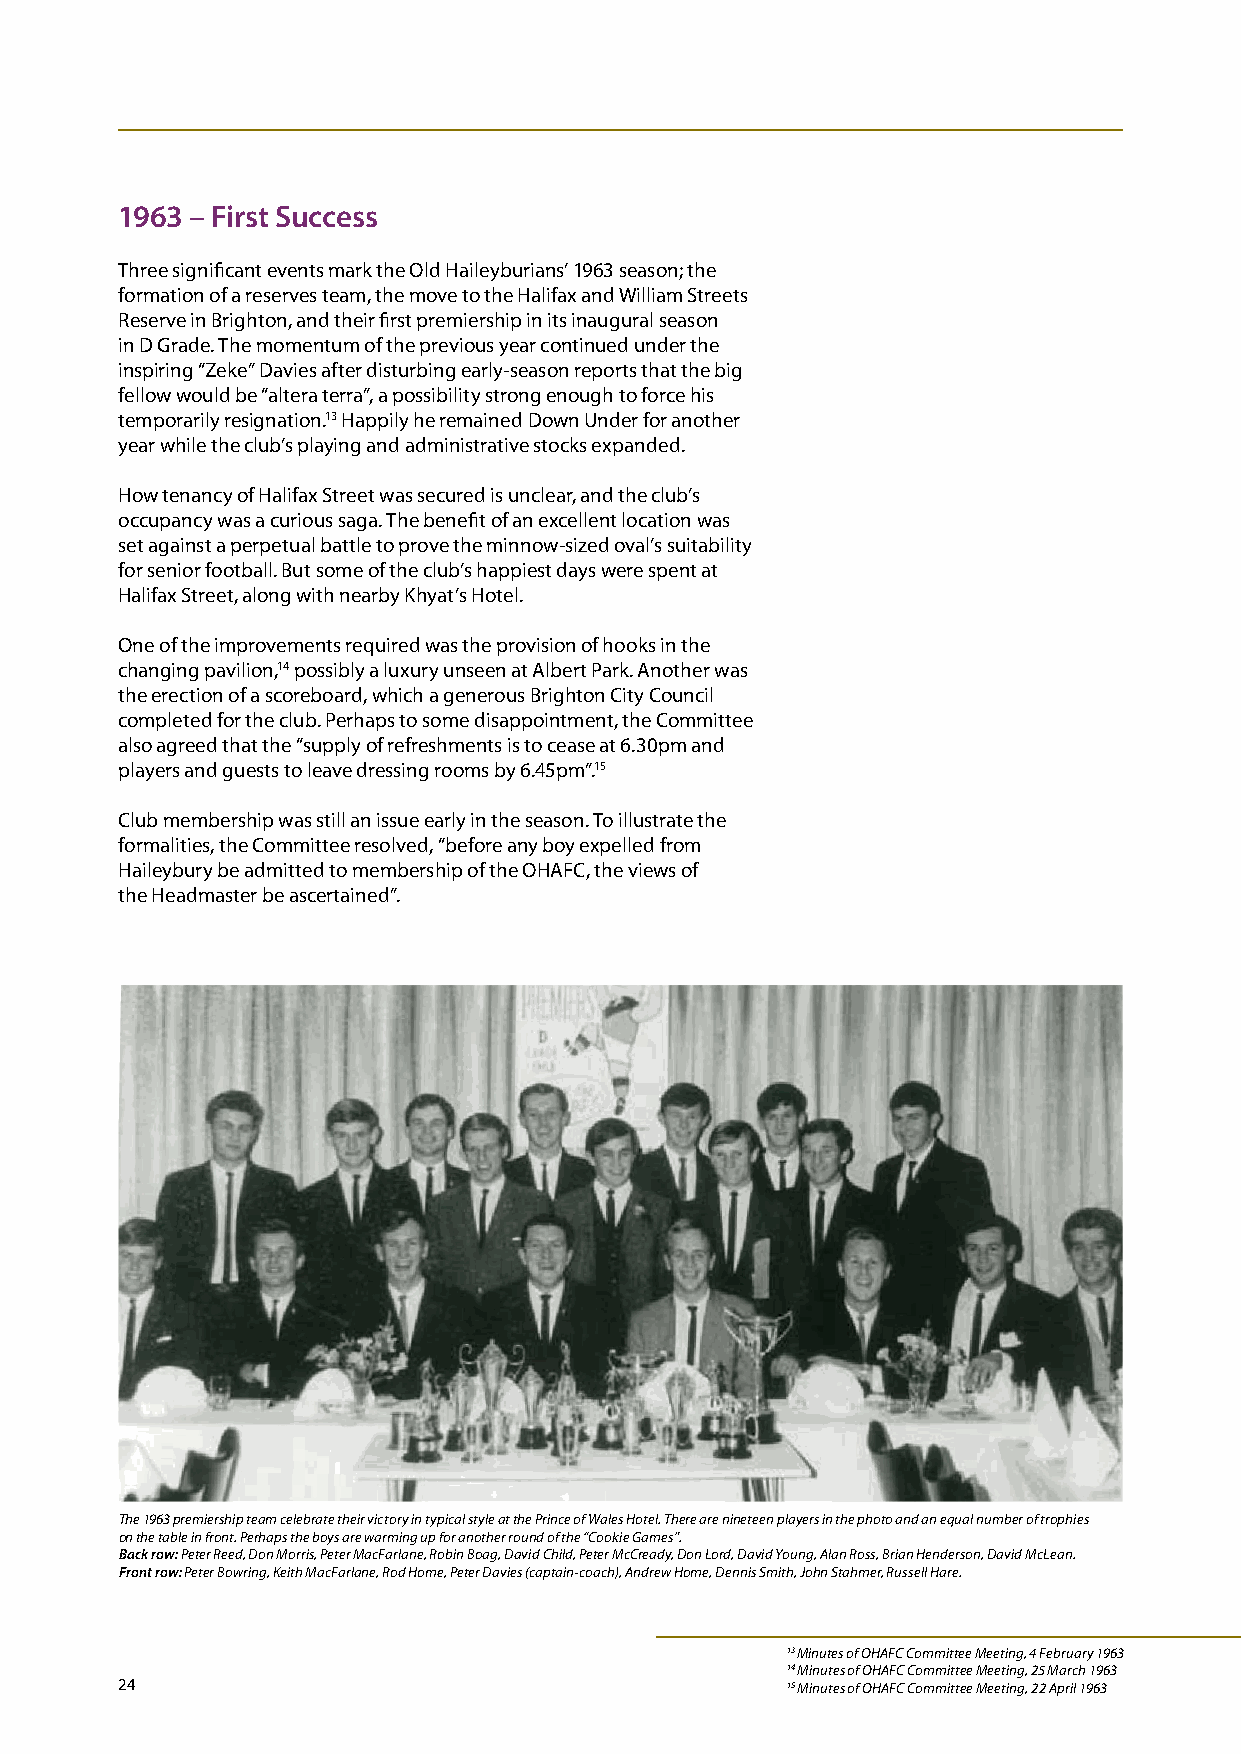
1963 – First Success
 Three significant events mark the Old Haileyburians’ 1963 season; the
 formation of a reserves team, the move to the Halifax and William Streets
 Reserve in Brighton, and their first premiership in its inaugural season
 in D Grade. The momentum of the previous year continued under the
 inspiring “Zeke” Davies after disturbing early-season reports that the big
 fellow would be “altera terra”, a possibility strong enough to force his
 temporarily resignation.13 Happily he remained Down Under for another
 year while the club’s playing and administrative stocks expanded.
 How tenancy of Halifax Street was secured is unclear, and the club’s
 occupancy was a curious saga. The benefit of an excellent location was
 set against a perpetual battle to prove the minnow-sized oval’s suitability
 for senior football. But some of the club’s happiest days were spent at
 Halifax Street, along with nearby Khyat’s Hotel.
 One of the improvements required was the provision of hooks in the
 changing pavilion,14 possibly a luxury unseen at Albert Park. Another was
 the erection of a scoreboard, which a generous Brighton City Council
 completed for the club. Perhaps to some disappointment, the Committee
 also agreed that the “supply of refreshments is to cease at 6.30pm and
 players and guests to leave dressing rooms by 6.45pm”.15
 Club membership was still an issue early in the season. To illustrate the
 formalities, the Committee resolved, “before any boy expelled from
 Haileybury be admitted to membership of the OHAFC, the views of
 the Headmaster be ascertained”.
 The 1963 premiership team celebrate their victory in typical style at the Prince of Wales Hotel. There are nineteen players in the photo and an equal number of trophies
 on the table in front. Perhaps the boys are warming up for another round of the “Cookie Games”.
 Back row: Peter Reed, Don Morris, Peter MacFarlane, Robin Boag, David Child, Peter McCready, Don Lord, David Young, Alan Ross, Brian Henderson, David McLean.
 Front row: Peter Bowring, Keith MacFarlane, Rod Home, Peter Davies (captain-coach), Andrew Home, Dennis Smith, John Stahmer, Russell Hare.
 13 Minutes of OHAFC Committee Meeting, 4 February 1963
 14 Minutes of OHAFC Committee Meeting, 25 March 1963
 24                                          15 Minutes of OHAFC Committee Meeting, 22 April 1963